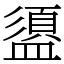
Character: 盨